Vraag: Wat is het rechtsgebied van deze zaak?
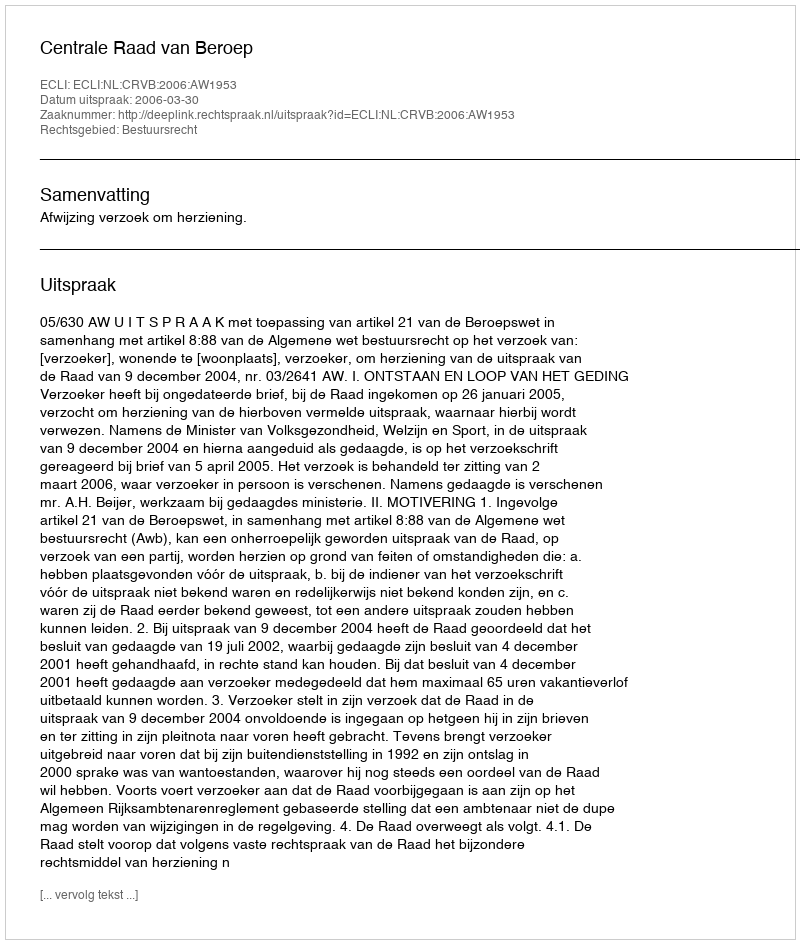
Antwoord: Bestuursrecht